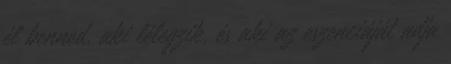
él benned. aki lélegzik, és aki az eszenciáját adja